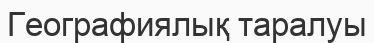
Географиялық таралуы